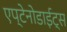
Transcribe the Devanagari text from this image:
एप्टेनोडाईट्स